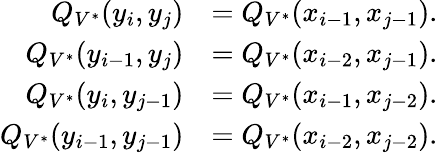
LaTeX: \begin{array}{rl}{Q_{V^{*}}(y_{i},y_{j})}&{=Q_{V^{*}}(x_{i-1},x_{j-1}).}\\ {Q_{V^{*}}(y_{i-1},y_{j})}&{=Q_{V^{*}}(x_{i-2},x_{j-1}).}\\ {Q_{V^{*}}(y_{i},y_{j-1})}&{=Q_{V^{*}}(x_{i-1},x_{j-2}).}\\ {Q_{V^{*}}(y_{i-1},y_{j-1})}&{=Q_{V^{*}}(x_{i-2},x_{j-2}).}\end{array}